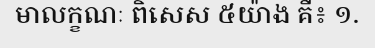
មាលក្ខណៈ ពិសេស ៥យ៉ាង គឺ៖ ១.